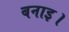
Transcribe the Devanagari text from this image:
बनाइ।